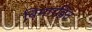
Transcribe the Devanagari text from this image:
बिमारहित